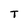
Character: T